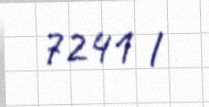
7241 l